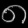
Digit: ၈